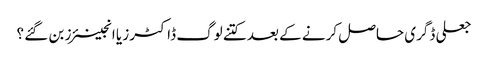
جعلی ڈگری حاصل کرنے کے بعد کتنے لوگ ڈاکٹرز یا انجینئرز بن گئے ؟